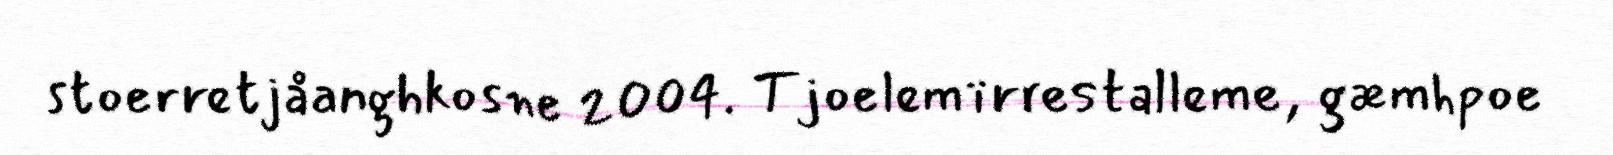
stoerretjåanghkosne 2004. Tjoelemïrrestalleme, gæmhpoe